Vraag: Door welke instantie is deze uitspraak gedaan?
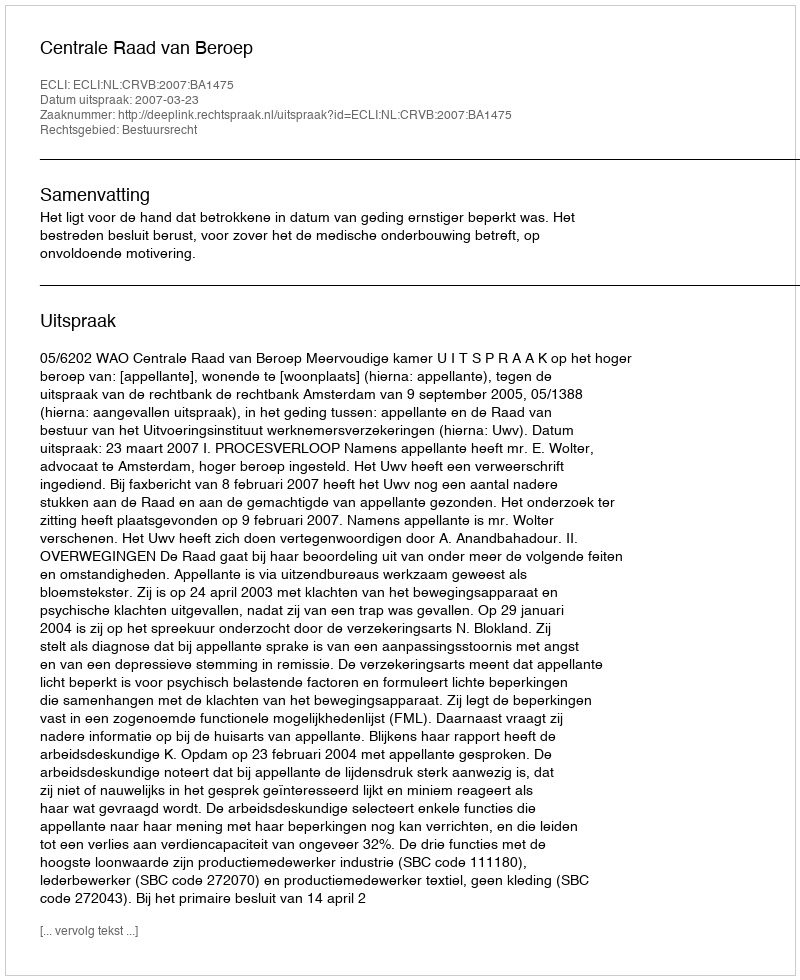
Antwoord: Centrale Raad van Beroep